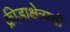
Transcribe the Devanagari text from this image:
क्रीडाक्षेत्राची